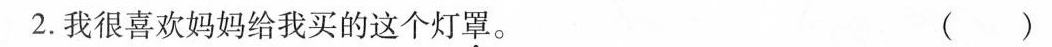
2.我很喜欢妈妈给我买的这个灯罩。 ( )